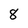
Character: 8